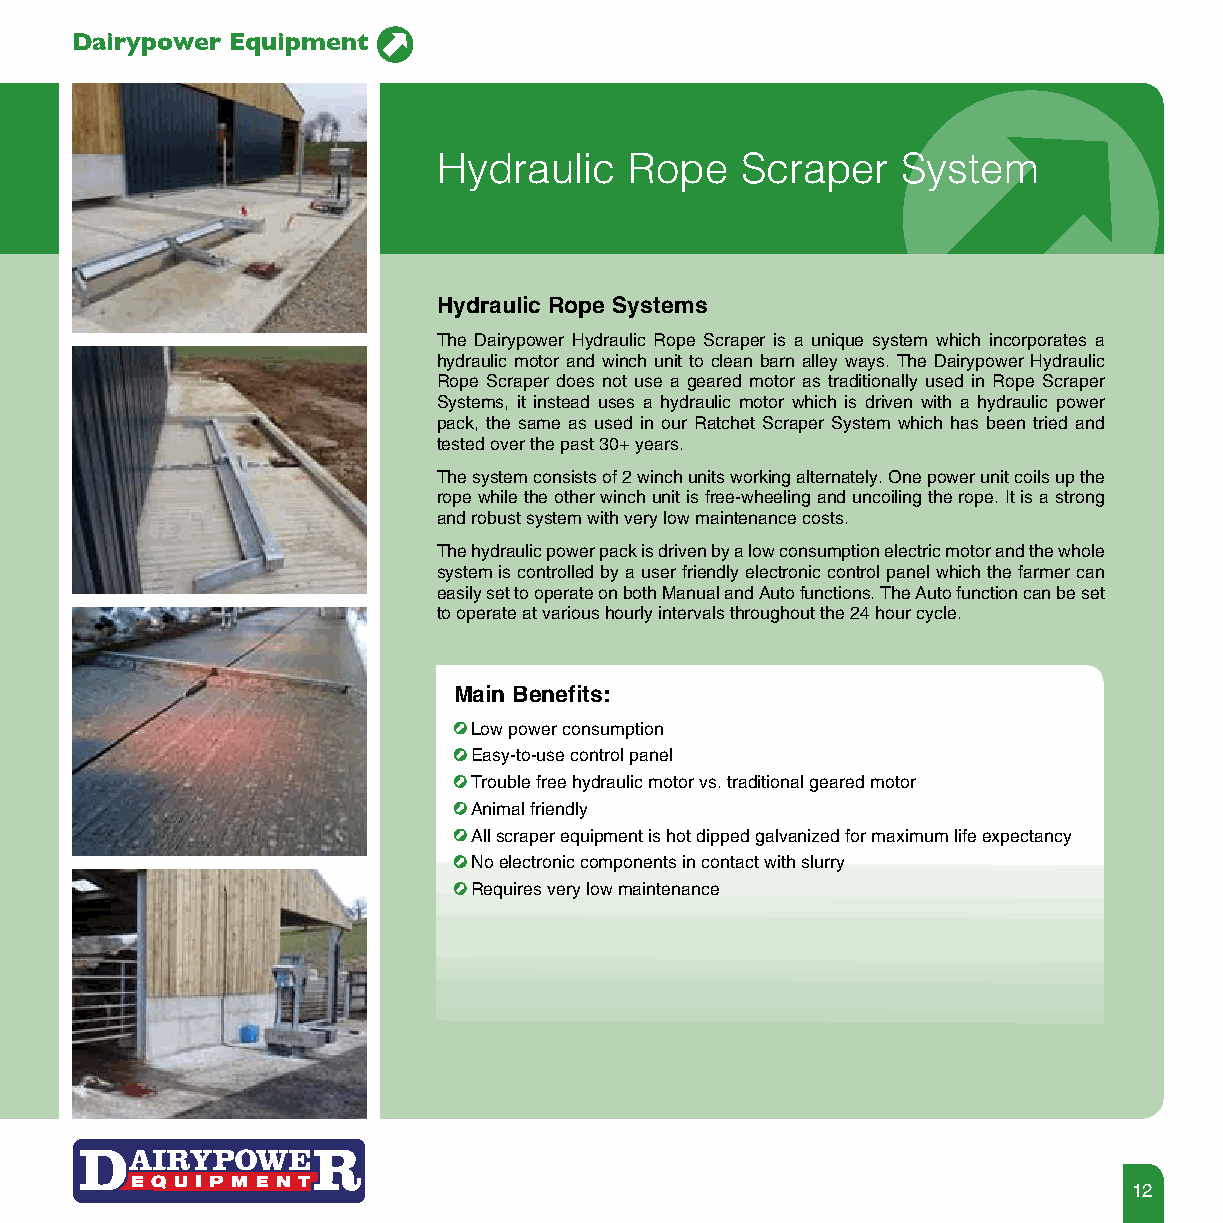
Dairypower Equipment
 Hydraulic    Rope   Scraper    System
 Hydraulic Rope Systems
 The Dairypower Hydraulic Rope Scraper is a unique system which incorporates a
 hydraulic motor and winch unit to clean barn alley ways. The Dairypower Hydraulic
 Rope Scraper does not use a geared motor as traditionally used in Rope Scraper
 Systems, it instead uses a hydraulic motor which is driven with a hydraulic power
 pack, the same as used in our Ratchet Scraper System which has been tried and
 tested over the past 30+ years.
 The system consists of 2 winch units working alternately. One power unit coils up the
 rope while the other winch unit is free-wheeling and uncoiling the rope. It is a strong
 and robust system with very low maintenance costs.
 The hydraulic power pack is driven by a low consumption electric motor and the whole
 system is controlled by a user friendly electronic control panel which the farmer can
 easily set to operate on both Manual and Auto functions. The Auto function can be set
 to operate at various hourly intervals throughout the 24 hour cycle.
 Main Benefits:
 Low power consumption
 Easy-to-use control panel
 Trouble free hydraulic motor vs. traditional geared motor
 Animal friendly
 All scraper equipment is hot dipped galvanized for maximum life expectancy
 No electronic components in contact with slurry
 Requires very low maintenance
 12